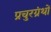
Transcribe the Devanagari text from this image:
प्रचुरग्रंथों